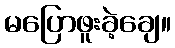
မပြောဖူးခဲ့ချေ။